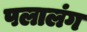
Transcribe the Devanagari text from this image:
पलालंग